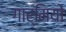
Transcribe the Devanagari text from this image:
गार्मियों